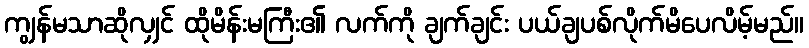
ကျွန်မသာဆိုလျှင် ထိုမိန်းမကြီး၏ လက်ကို ချက်ချင်း ပယ်ချပစ်လိုက်မိပေလိမ့်မည်။